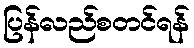
ပြန်လည်စတင်ရန်